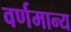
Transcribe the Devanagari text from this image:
वर्णमान्य